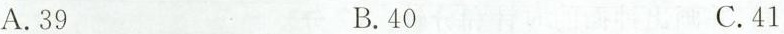
A.39 B.40 C.41